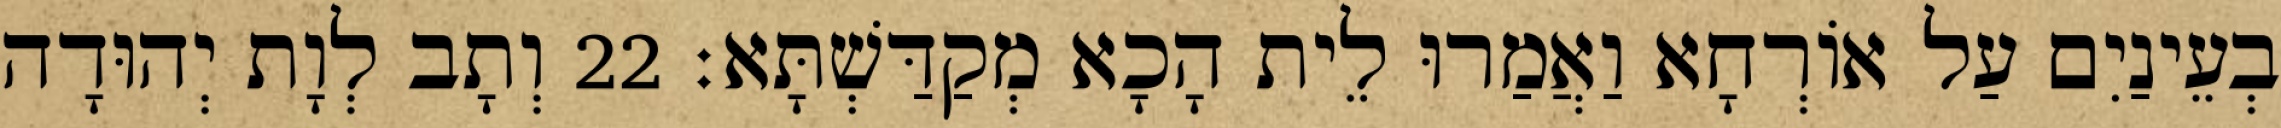
בְעֵינַיִם עַל אוֹרְחָא וַאֲמַרוּ לֵית הָכָא מְקַדַּשְׁתָּא׃ 22 וְתָב לְוָת יְהוּדָה